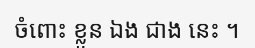
ចំពោះ ខ្លួន ឯង ជាង នេះ ។